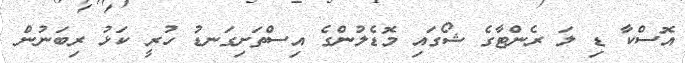
އޮސްކާ ޑި ލަ ރެންޓާގެ ޝޯގައި މޮޑެލުންގެ އިސްތަށިގަނޑު ހުރީ ކަޅު ރިބަނުން